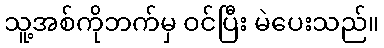
သူ့အစ်ကိုဘက်မှ ဝင်ပြီး မဲပေးသည်။